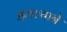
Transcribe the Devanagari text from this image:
हलल्याने